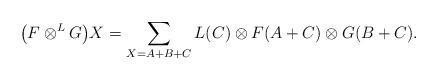
LaTeX: \begin{gather*}\big(F\otimes^LG\big)X = \sum_{X=A+B+C}{L(C) \otimes F(A+C)\otimes G(B+C)} .\end{gather*}